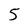
Character: 5